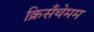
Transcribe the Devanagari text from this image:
क्रिसँथेमम